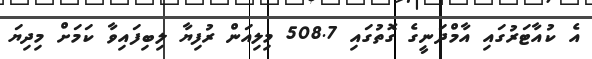
އެ ކުއާޓަރުގައި އާމްދަނީގެ ގޮތުގައި 508.7 މިލިއަން ރުފިޔާ ލިބިފައިވާ ކަމަށް މިދިޔަ